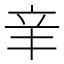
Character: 𨐌